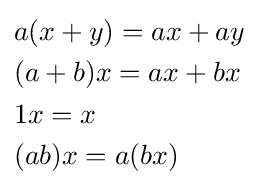
{\begin{aligned}&a(x+y)=ax+ay\\&(a+b)x=ax+bx\\&1x=x\\&(ab)x=a(bx)\end{aligned}}